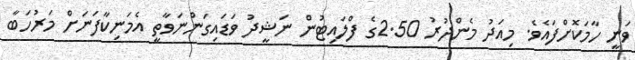
ވަނީ ހާމަކޮށްފައެވެ. މިއަދު މެންދުރު 2.50ގެ ފްލައިޓުން ނަޝީދު ވަޑައިގަންނަވާތީ އެމަނިކާފަނަށް މަރުހަބާ